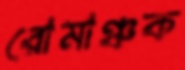
রোমাঞ্চক